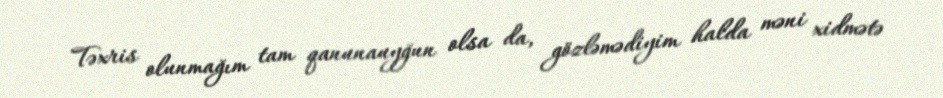
Təxris olunmağım tam qanunauyğun olsa da, gözləmədiyim halda məni xidmətə